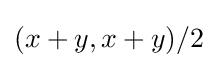
(x+y,x+y)/2